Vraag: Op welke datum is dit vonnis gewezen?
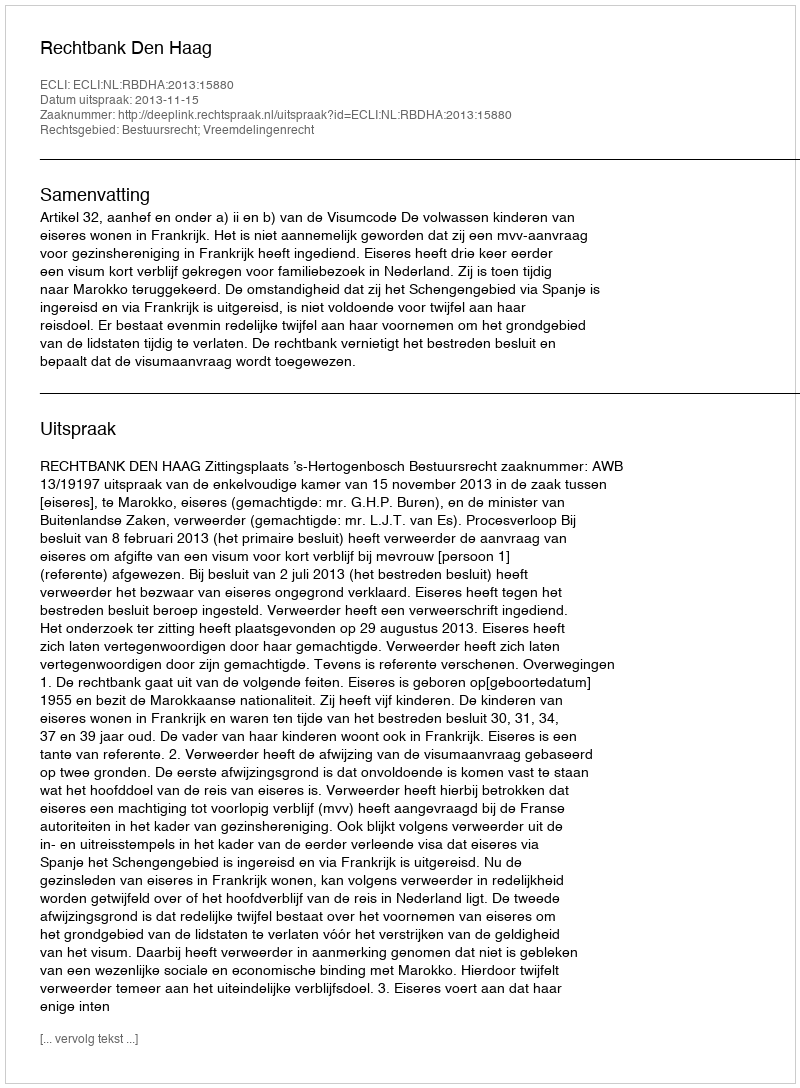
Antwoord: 2013-11-15